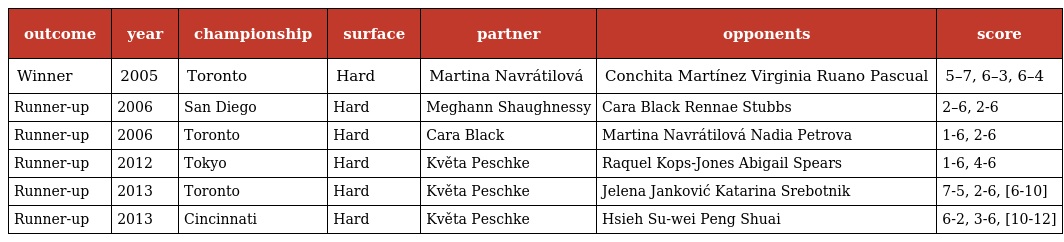
| outcome | year | championship | surface | partner | opponents | score |
 | --- | --- | --- | --- | --- | --- | --- |
 | Winner | 2005 | Toronto | Hard | Martina Navrátilová | Conchita Martínez Virginia Ruano Pascual | 5–7, 6–3, 6–4 |
 | Runner-up | 2006 | San Diego | Hard | Meghann Shaughnessy | Cara Black Rennae Stubbs | 2–6, 2-6 |
 | Runner-up | 2006 | Toronto | Hard | Cara Black | Martina Navrátilová Nadia Petrova | 1-6, 2-6 |
 | Runner-up | 2012 | Tokyo | Hard | Květa Peschke | Raquel Kops-Jones Abigail Spears | 1-6, 4-6 |
 | Runner-up | 2013 | Toronto | Hard | Květa Peschke | Jelena Janković Katarina Srebotnik | 7-5, 2-6, [6-10] |
 | Runner-up | 2013 | Cincinnati | Hard | Květa Peschke | Hsieh Su-wei Peng Shuai | 6-2, 3-6, [10-12] |